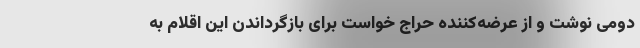
دومی نوشت و از عرضه‌کننده حراج خواست برای بازگرداندن این اقلام به